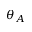
\theta _ { A }